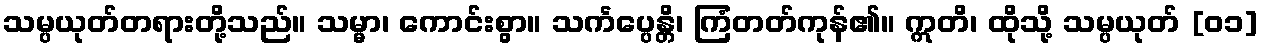
သမ္ပယုတ်တရားတို့သည်။ သမ္မာ၊ ကောင်းစွာ။ သင်္ကပ္ပေန္တိ၊ ကြံတတ်ကုန်၏။ ဣတိ၊ ထိုသို့ သမ္ပယုတ် [၀၁]